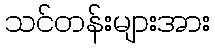
သင်တန်းများအား